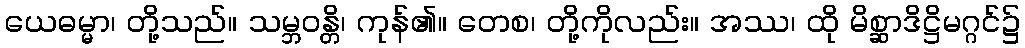
ယေဓမ္မာ၊ တို့သည်။ သမ္ဘဝန္တိ၊ ကုန်၏။ တေစ၊ တို့ကိုလည်း။ အဿ၊ ထို မိစ္ဆာဒိဋ္ဌိမဂ္ဂင်၌